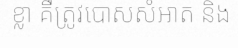
ខ្លា គឺត្រូវបោសសំអាត និង